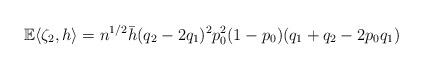
LaTeX: \begin{align*}\mathbb{E}\langle \zeta_2, h\rangle = n^{1/2} \bar{h}(q_2 - 2q_1)^2 p_0^2 (1 - p_0)(q_1+q_2-2p_0 q_1)\end{align*}